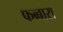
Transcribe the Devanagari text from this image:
फब्बारा